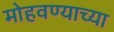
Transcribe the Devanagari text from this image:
मोहवण्याच्या